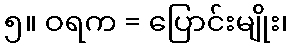
၅။ ဝရက = ပြောင်းမျိုး၊